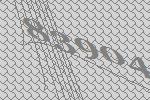
83904